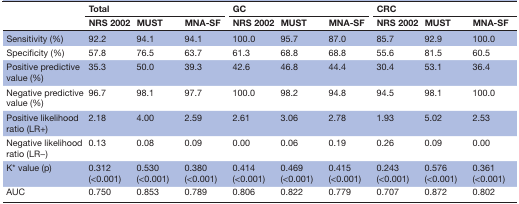
<table><thead><tr><td rowspan="2"></td><td colspan="3"><b>Total</b></td><td colspan="3"><b>GC</b></td><td colspan="3"><b>CRC</b></td></tr><tr><td><b>NRS 2002</b></td><td><b>MUST</b></td><td><b>MNA-SF</b></td><td><b>NRS 2002</b></td><td><b>MUST</b></td><td><b>MNA-SF</b></td><td><b>NRS 2002</b></td><td><b>MUST</b></td><td><b>MNA-SF</b></td></tr></thead><tbody><tr><td>Sensitivity (%)</td><td>92.2</td><td>94.1</td><td>94.1</td><td>100.0</td><td>95.7</td><td>87.0</td><td>85.7</td><td>92.9</td><td>100.0</td></tr><tr><td>Specificity (%)</td><td>57.8</td><td>76.5</td><td>63.7</td><td>61.3</td><td>68.8</td><td>68.8</td><td>55.6</td><td>81.5</td><td>60.5</td></tr><tr><td>Positive predictive value (%)</td><td>35.3</td><td>50.0</td><td>39.3</td><td>42.6</td><td>46.8</td><td>44.4</td><td>30.4</td><td>53.1</td><td>36.4</td></tr><tr><td>Negative predictive value (%)</td><td>96.7</td><td>98.1</td><td>97.7</td><td>100.0</td><td>98.2</td><td>94.8</td><td>94.5</td><td>98.1</td><td>100.0</td></tr><tr><td>Positive likelihood ratio (LR+)</td><td>2.18</td><td>4.00</td><td>2.59</td><td>2.61</td><td>3.06</td><td>2.78</td><td>1.93</td><td>5.02</td><td>2.53</td></tr><tr><td>Negative likelihood ratio (LR−)</td><td>0.13</td><td>0.08</td><td>0.09</td><td>0.00</td><td>0.06</td><td>0.19</td><td>0.26</td><td>0.09</td><td>0.00</td></tr><tr><td>K* value (p)</td><td>0.312 (&lt;0.001)</td><td>0.530 (&lt;0.001)</td><td>0.380 (&lt;0.001)</td><td>0.414 (&lt;0.001)</td><td>0.469 (&lt;0.001)</td><td>0.415 (&lt;0.001)</td><td>0.243 (&lt;0.001)</td><td>0.576 (&lt;0.001)</td><td>0.361 (&lt;0.001)</td></tr><tr><td>AUC</td><td>0.750</td><td>0.853</td><td>0.789</td><td>0.806</td><td>0.822</td><td>0.779</td><td>0.707</td><td>0.872</td><td>0.802</td></tr></tbody></table>